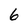
Character: 6